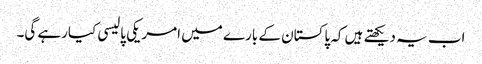
اب یہ دیکھتے ہیں کہ پاکستان کے بارے میں امریکی پالیسی کیارہے گی۔